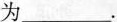
为___。